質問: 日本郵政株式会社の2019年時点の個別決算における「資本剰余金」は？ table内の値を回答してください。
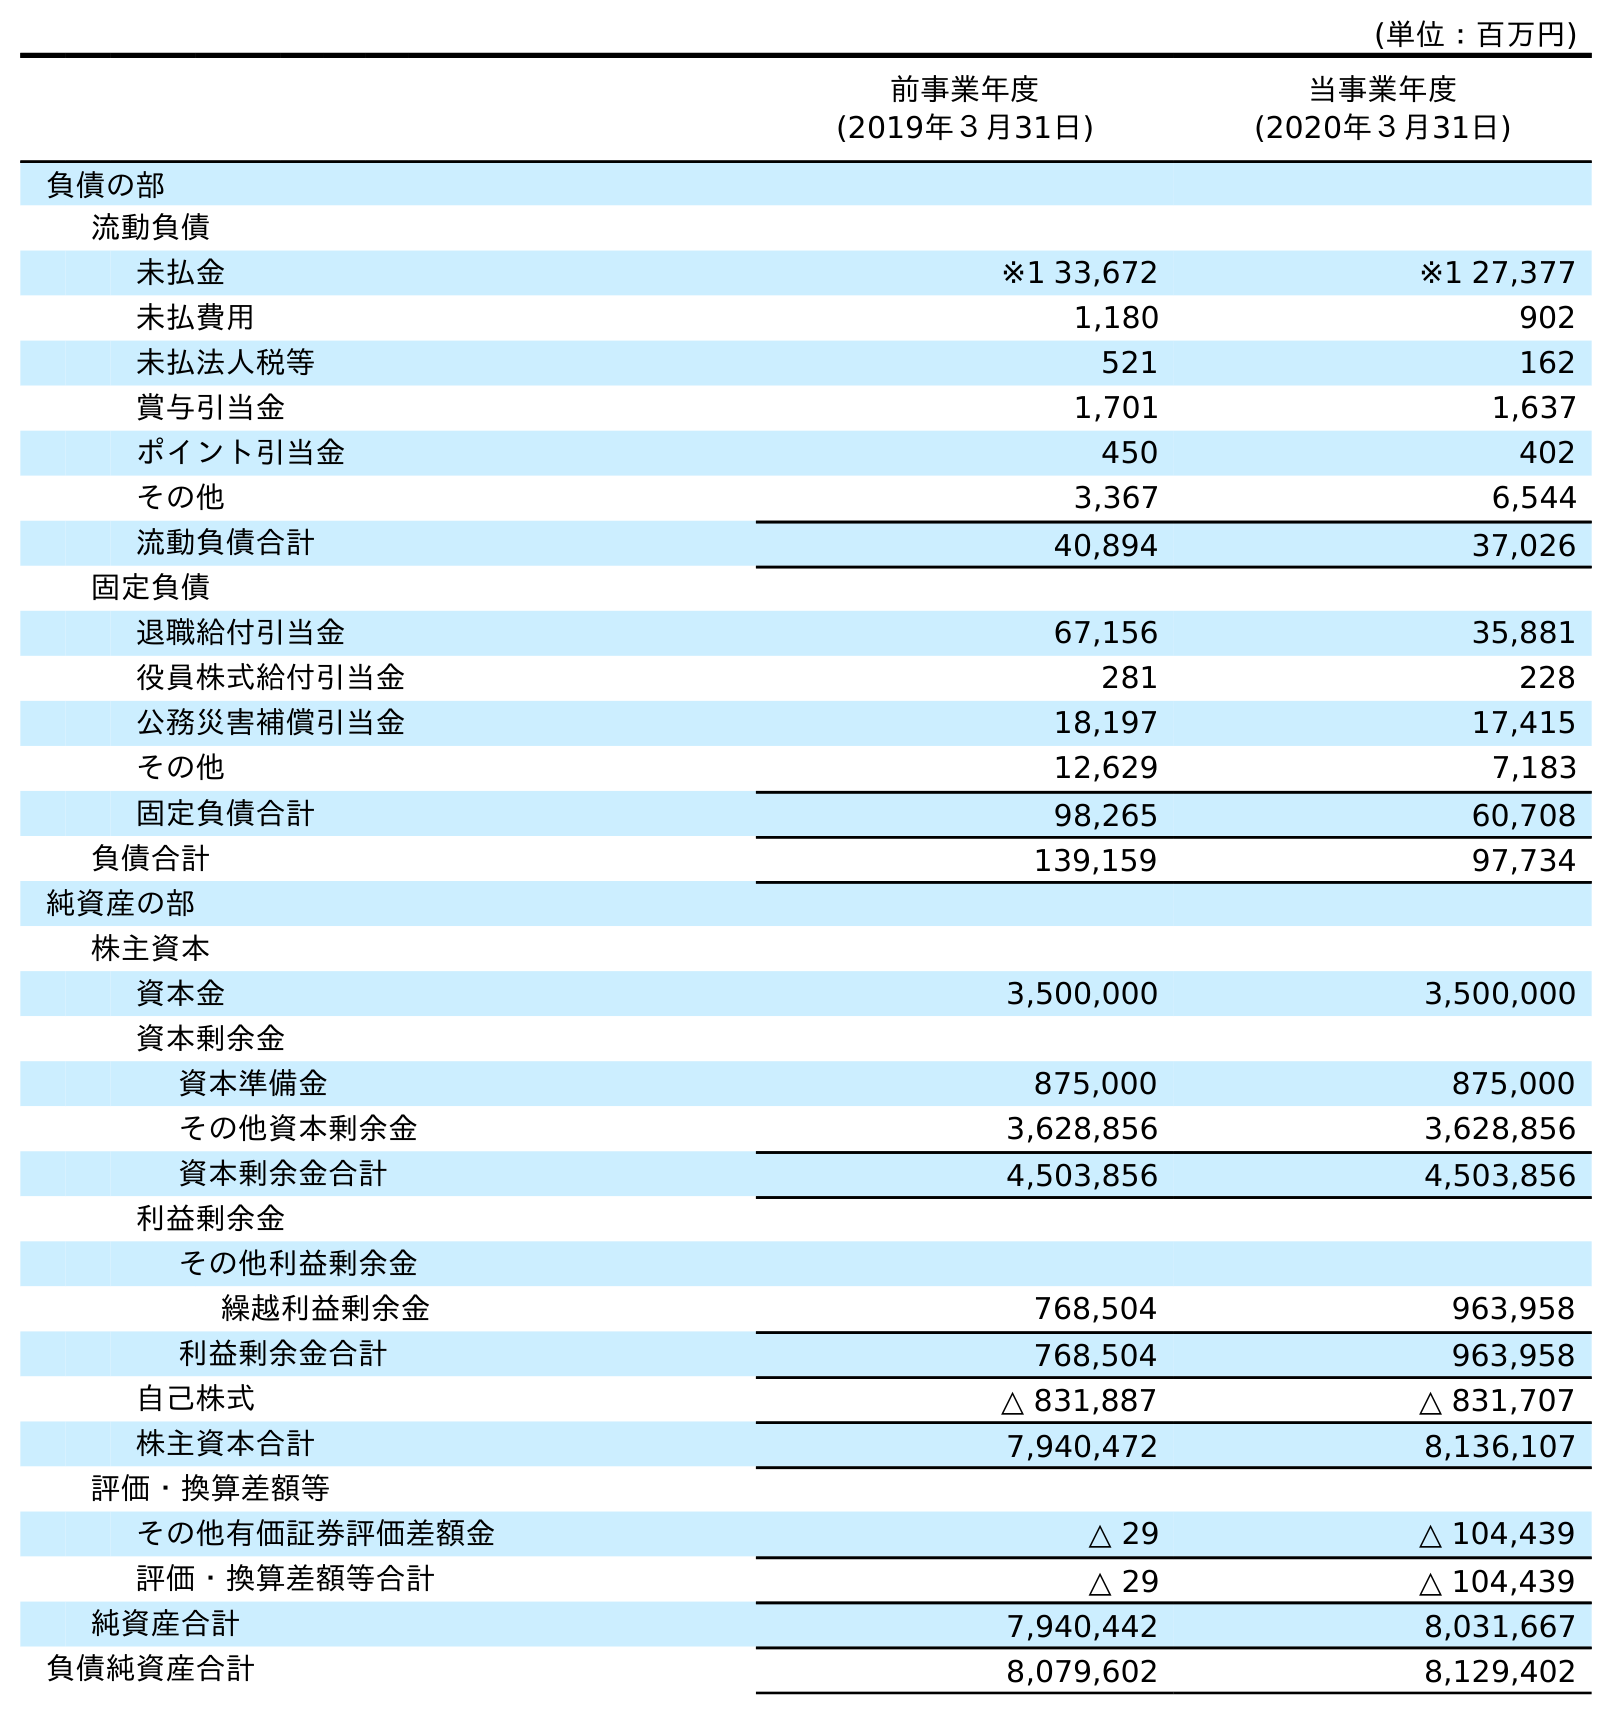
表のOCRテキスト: (単位：百万円) 前事業年度 (2019年３月31日) 当事業年度 (2020年３月31日) 負債の部 流動負債 未払金 ※1 33,672 ※1 27,377 未払費用 1,180 902 未払法人税等 521 162 賞与引当金 1,701 1,637 ポイント引当金 450 402 その他 3,367 6,544 流動負債合計 40,894 37,026 固定負債 退職給付引当金 67,156 35,881 役員株式給付引当金 281 228 公務災害補償引当金 18,197 17,415 その他 12,629 7,183 固定負債合計 98,265 60,708 負債合計 139,159 97,734 純資産の部 株主資本 資本金 3,500,000 3,500,000 資本剰余金 資本準備金 875,000 875,000 その他資本剰余金 3,628,856 3,628,856 資本剰余金合計 4,503,856 4,503,856 利益剰余金 その他利益剰余金 繰越利益剰余金 768,504 963,958 利益剰余金合計 768,504 963,958 自己株式 △ 831,887 △ 831,707 株主資本合計 7,940,472 8,136,107 評価・換算差額等 その他有価証券評価差額金 △ 29 △ 104,439 評価・換算差額等合計 △ 29 △ 104,439 純資産合計 7,940,442 8,031,667 負債純資産合計 8,079,602 8,129,402
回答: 4,503,856